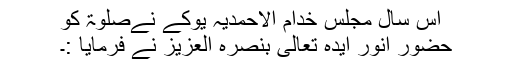
اس سال مجلس خدام الاحمدیہ یوکے نےصلٰوۃ کو
حضور انور ایدہ تعالیٰ بنصرہ العزیز نے فرمایا :۔